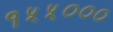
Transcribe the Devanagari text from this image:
१५५०००